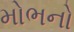
મોભનો